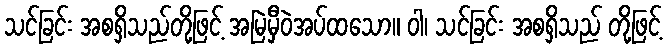
သင်ခြင်း အစရှိသည်တို့ဖြင့် အမြဲမှီဝဲအပ်ထသော။ ဝါ၊ သင်ခြင်း အစရှိသည် တို့ဖြင့်